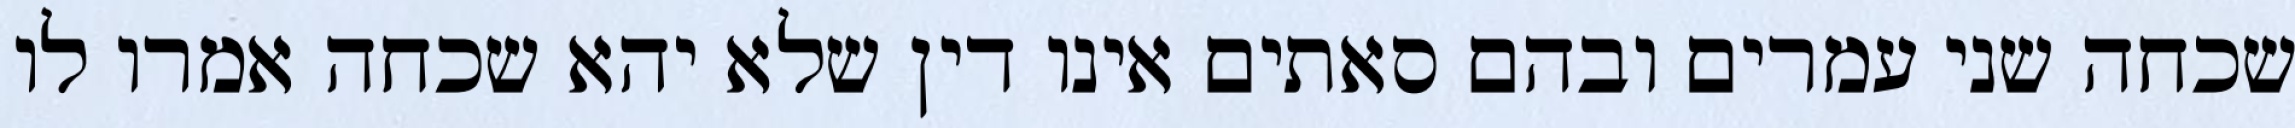
שכחה שני עמרים ובהם סאתים אינו דין שלא יהא שכחה אמרו לו